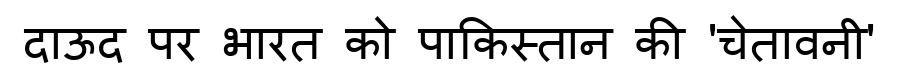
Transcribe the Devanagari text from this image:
दाऊद पर भारत को पाकिस्तान की 'चेतावनी'